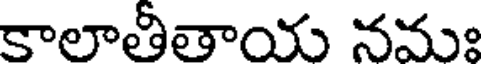
కాలాతీతాయ నమః